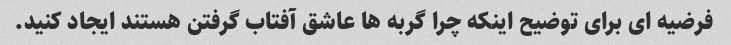
فرضیه ای برای توضیح اینکه چرا گربه ها عاشق آفتاب گرفتن هستند ایجاد کنید.